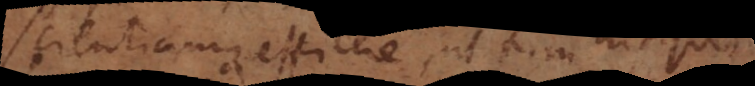
scientiamque efficere, ut tum his quae